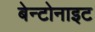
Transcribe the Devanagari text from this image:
बेन्टोनाइट